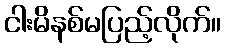
ငါးမိနစ်မပြည့်လိုက်။